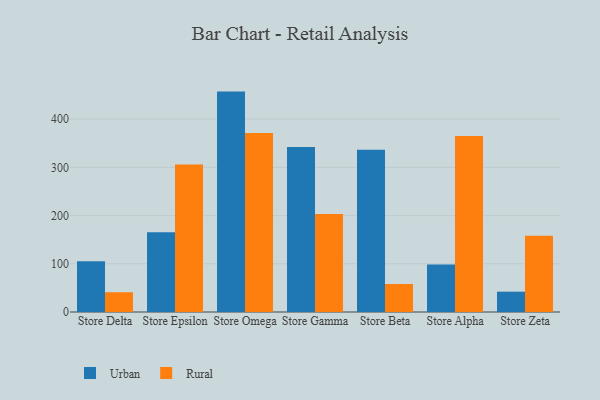
{"axis": {"x": "Store", "y": "Operating Costs (USD K)"}, "legend": ["Rural", "Urban"], "data": [{"x": "Store Delta", "y": 105.3, "type": "Urban"}, {"x": "Store Delta", "y": 41.0, "type": "Rural"}, {"x": "Store Epsilon", "y": 165.6, "type": "Urban"}, {"x": "Store Epsilon", "y": 306.1, "type": "Rural"}, {"x": "Store Omega", "y": 457.2, "type": "Urban"}, {"x": "Store Omega", "y": 371.3, "type": "Rural"}, {"x": "Store Gamma", "y": 342.1, "type": "Urban"}, {"x": "Store Gamma", "y": 203.5, "type": "Rural"}, {"x": "Store Beta", "y": 336.8, "type": "Urban"}, {"x": "Store Beta", "y": 58.1, "type": "Rural"}, {"x": "Store Alpha", "y": 98.3, "type": "Urban"}, {"x": "Store Alpha", "y": 365.0, "type": "Rural"}, {"x": "Store Zeta", "y": 42.2, "type": "Urban"}, {"x": "Store Zeta", "y": 158.3, "type": "Rural"}]}